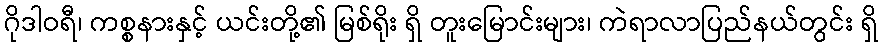
ဂိုဒါဝရီ၊ ကစ္စနားနှင့် ယင်းတို့၏ မြစ်ရိုး ရှိ တူးမြောင်းများ၊ ကဲရာလာပြည်နယ်တွင်း ရှိ